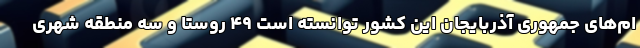
ام‌های جمهوری آذربایجان این کشور توانسته است ۴۹ روستا و سه منطقه شهری